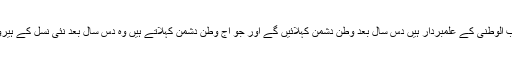
جو آج حب الوطنی کے علمبردار ہیں دس سال بعد وطن دشمن کہلائیں گے اور جو آج وطن دشمن کہلاتے ہیں وہ دس سال بعد نئی نسل کے ہیرو ہونگے۔